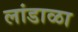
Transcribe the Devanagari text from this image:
लांडाळा